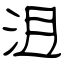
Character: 沮